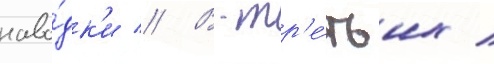
наво́дк'и // В-тр'е́тьих /